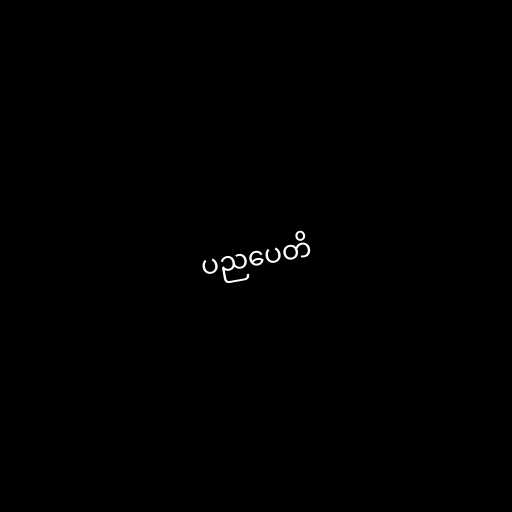
ပညပေတိ